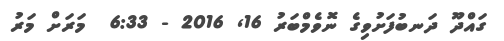
ގައްދޫ ދަނބުފަށުވިގެ ނޮވެމްބަރު 16